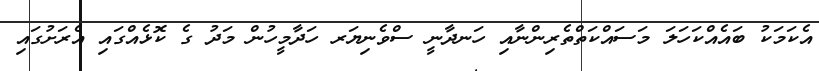
އެކަމަކު ބައެއްކަހަލަ މަސައްކަތްތެރިންނާއި ހަނދާނީ ސްވެނިޔަރ ހަދާމީހުން މަދު ގެ ކޮޅެއްގައި އެރަށުގައި